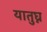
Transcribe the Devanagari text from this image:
यातुघ्न